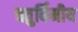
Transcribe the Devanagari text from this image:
चतुर्विमीय